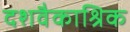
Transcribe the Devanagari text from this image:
दशवैकाश्रिक